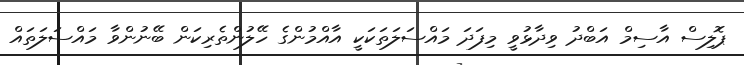
ޕޮލިސް އާސިމް އަބްދު ވިދާޅުވީ މިފަދަ މައްސަލަތަކަކީ އާއްމުންގެ ހޭލުންތެރިކަން ބޭނުންވާ މައްސަލަތައް